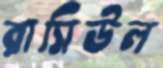
রাসিউল